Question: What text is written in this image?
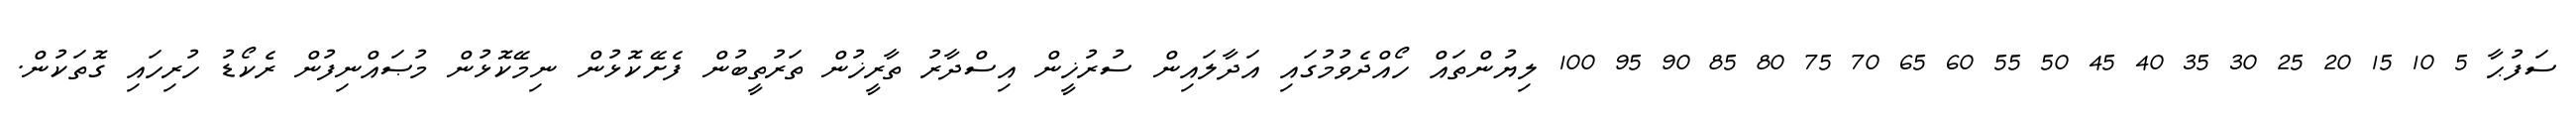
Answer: ސަފުޙާ 5 10 15 20 25 30 35 40 45 50 55 60 65 70 75 80 85 90 95 100 ލިޔުންތައް ހޯއްދެވުމުގައި އަދާލައިން ސުރުޚީން އިސްދާރު ތާރީޚުން ތަރުތީބުން ފެށޭކޮޅުން ނިމޭކޮޅުން މުޞައްނިފުން ރެކޯޑު ހުރިހައި ގޮތަކުން.